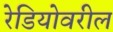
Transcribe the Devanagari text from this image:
रेडियोवरील